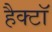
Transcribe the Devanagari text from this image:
हैक्टॉ